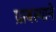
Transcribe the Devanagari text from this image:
प्राबल्याने